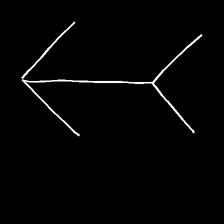
Glyph: gather